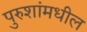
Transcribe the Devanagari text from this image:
पुरुशांमधील